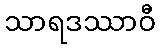
သာရဒဿာဝီ